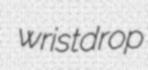
wristdrop